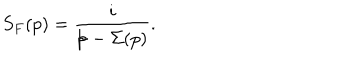
LaTeX: S _ { F } ( p ) = \frac { i } { p { \kern - 4 . 5 p t / } - \Sigma ( p ) } .